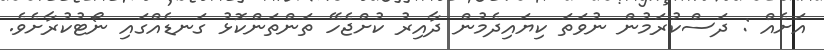
އަށެއް : ދަސްކުރަމުން ނުވަތަ ކިޔައިދެމުން ދާއިރު ކުށްޖެހޭ ތަންތަންކޮޅު ގަނޑެއްގައި ނޯޓުކުރާށެވެ.